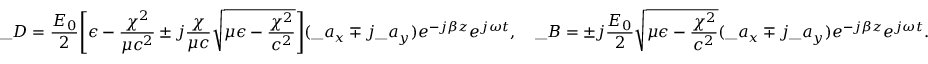
\_ D = \frac { E _ { 0 } } { 2 } \Bigg [ \epsilon - { \frac { \chi ^ { 2 } } { \mu c ^ { 2 } } } \pm j { \frac { \chi } { \mu c } } \sqrt { \mu \epsilon - { \frac { \chi ^ { 2 } } { c ^ { 2 } } } } \Bigg ] ( \_ a _ { x } \mp j \_ a _ { y } ) e ^ { - j \beta z } e ^ { j \omega t } , \quad \_ B = \pm j \frac { E _ { 0 } } { 2 } \sqrt { \mu \epsilon - { \frac { \chi ^ { 2 } } { c ^ { 2 } } } } ( \_ a _ { x } \mp j \_ a _ { y } ) e ^ { - j \beta z } e ^ { j \omega t } .